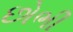
છોભી